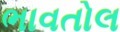
ભાવતોલ